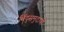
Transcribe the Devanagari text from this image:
बिंदुसमुदायों